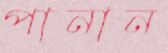
পানান